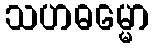
သဟဓမ္မော